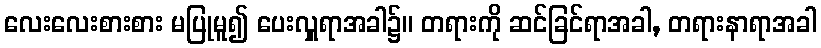
လေးလေးစားစား မပြုမူ၍ ပေးလှူရာအခါ၌။ တရားကို ဆင်ခြင်ရာအခါ, တရားနာရာအခါ